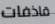
قاذفات